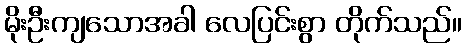
မိုးဦးကျသောအခါ လေပြင်းစွာ တိုက်သည်။